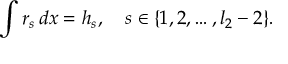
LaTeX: \int r _ { s } \, d x = h _ { s } , \quad s \in \{ 1 , 2 , \ldots , l _ { 2 } - 2 \} .